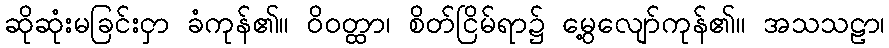
ဆိုဆုံးမခြင်းငှာ ခံကုန်၏။ ဝိဝတ္ထာ၊ စိတ်ငြိမ်ရာ၌ မွေ့လျော်ကုန်၏။ အသသဠာ၊